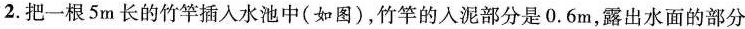
2.把一根5m长的竹竿插入水池中(如图)，竹竿的入泥部分是0.6m，露出水面的部分